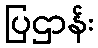
ပြဌာန်း